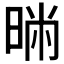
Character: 𣇢